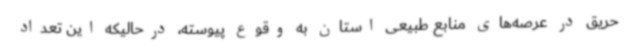
حریق در عرصه‌های منابع طبیعی استان به وقوع پیوسته، درحالیکه این تعداد